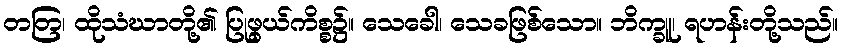
တတြ၊ ထိုသံဃာတို့၏ ပြုဖွယ်ကိစ္စ၌။ သေခေါ၊ သေခဖြစ်သော။ ဘိက္ခူ၊ ရဟန်းတို့သည်။